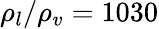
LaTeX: \rho_{l}/\rho_{v}=1030